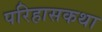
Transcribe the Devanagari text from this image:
परिहासकथा